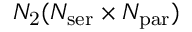
N _ { \mathrm { 2 } } ( N _ { \mathrm { s e r } } \times N _ { \mathrm { p a r } } )